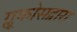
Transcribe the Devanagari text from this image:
ग्लूकोसद्वारा